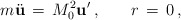
\begin{align*}m\ddot{\bf u}\,=\,M_{0}^{2}{\bf u}'\,{,}\qquad r\,=\,0\,{,}\end{align*}